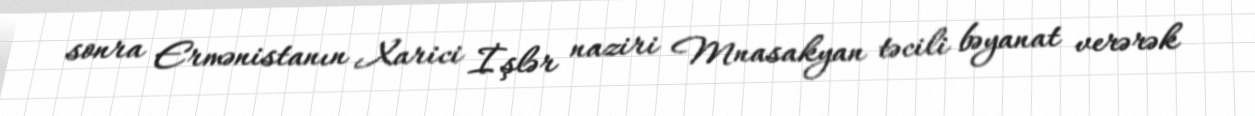
sonra Ermənistanın Xarici İşlər naziri Mnasakyan təcili bəyanat verərək